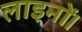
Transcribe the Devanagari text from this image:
लाइनों।